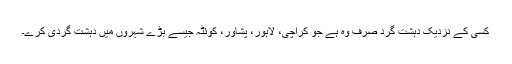
کسی کے نزدیک دہشت گرد صرف وہ ہے جو کراچی، لاہور، پشاور، کوئٹہ جیسے بڑے شہروں میں دہشت گردی کرے۔